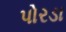
પોરડા